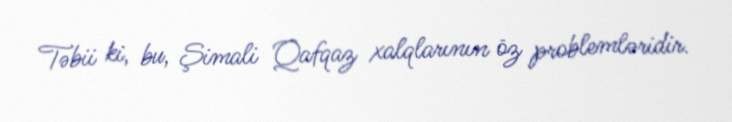
Təbii ki, bu, Şimali Qafqaz xalqlarının öz problemləridir.